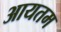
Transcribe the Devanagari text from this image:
आयतम